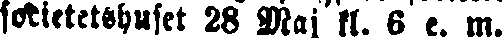
societetshuset 28 Maj kl. 6 e. m.